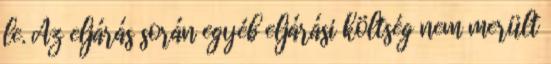
le. Az eljárás során egyéb eljárási költség nem merült